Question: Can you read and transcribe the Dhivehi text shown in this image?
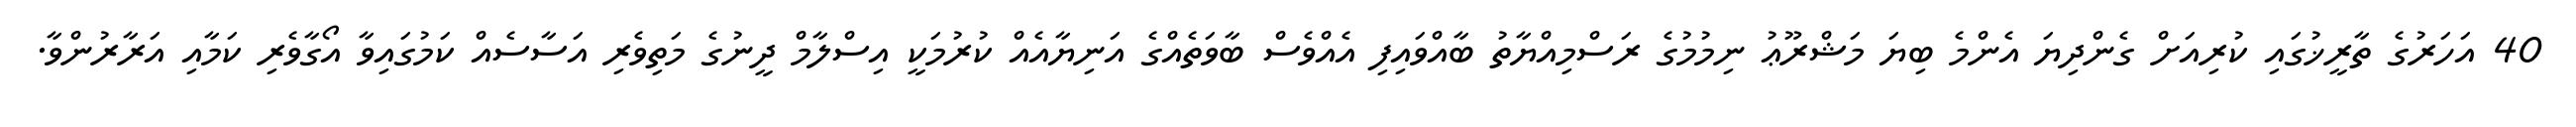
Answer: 40 އަހަރުގެ ތާރީޚުގައި ކުރިއަށް ގެންދިޔަ އެންމެ ބިޔަ މަޝްރޫޢު ނިމުމުގެ ރަސްމިއްޔާތު ބާއްވައިފި އެއްވެސް ބާވަތެއްގެ އަނިޔާއެއް ކުރުމަކީ އިސްލާމް ދީނުގެ މަތިވެރި އަސާސެއް ކަމުގައިވާ އޯގާވެރި ކަމާއި އަރާރުންވާ.